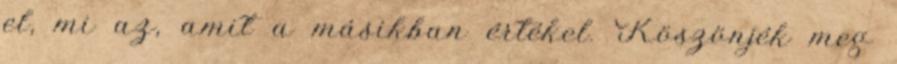
el, mi az, amit a másikban értékel. Köszönjék meg